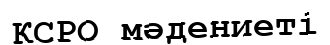
КСРО мәдениеті